Indian journal of veterinary science and animal husbandry - Volume 11,
Year: 1941
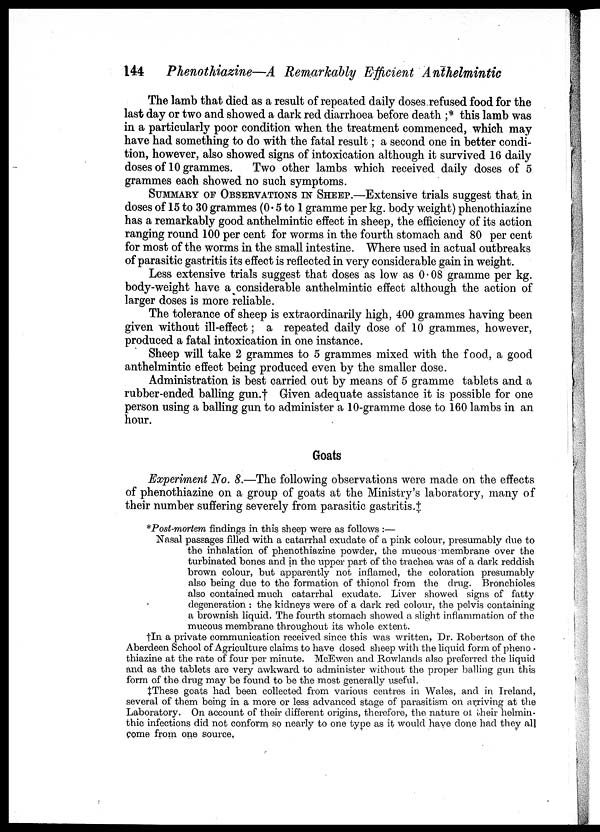
144 Phenothiazine—A Remarkably Efficient Anthelmintic
The lamb that died as a result of repeated daily doses refused food for the
last day or two and showed a dark red diarrhoea before death ;* this lamb was
in a particularly poor condition when the treatment commenced, which may
have had something to do with the fatal result ; a second one in better condi-
tion, however, also showed signs of intoxication although it survived 16 daily
doses of 10 grammes.
Two other lambs which received daily doses of 5
grammes each showed no such symptoms.
SUMMARY OF OBSERVATIONS IN SHEEP.—Extensive trials suggest that in
doses of 15 to 30 grammes (0.5 to 1 gramme per kg. body weight) phenothiazine
has a remarkably good anthelmintic effect in sheep, the efficiency of its action
ranging round 100 per cent for worms in the fourth stomach and 80 per cent
for most of the worms in the small intestine. Where used in actual outbreaks
of parasitic gastritis its effect is reflected in very considerable gain in weight.
Less extensive trials suggest that doses as low as 0.08 gramme per kg.
body-weight have a considerable anthelmintic effect although the action of
larger doses is more reliable.
The tolerance of sheep is extraordinarily high, 400 grammes having been
given without ill-effect; a repeated daily dose of 10 grammes, however,
produced a fatal intoxication in one instance.
Sheep will take 2 grammes to 5 grammes mixed with the food, a good
anthelmintic effect being produced even by the smaller dose.
Administration is best carried out by means of 5 gramme tablets and a
rubber-ended balling gun.† Given adequate assistance it is possible for one
person using a balling gun to administer a 10-gramme dose to 160 lambs in an
hour.
Goats
Experiment No. 8.—The following observations were made on the effects
of phenothiazine on a group of goats at the Ministry's laboratory, many of
their number suffering severely from parasitic gastritis.‡
*Post-mortem findings in this sheep were as follows :—
Nasal passages filled with a catarrhal exudate of a pink colour, presumably due to
the inhalation of phenothiazine powder, the mucous membrane over the
turbinated bones and in the upper part of the trachea was of a dark reddish
brown colour, but apparently not inflamed, the coloration presumably
also being due to the formation of thionol from the drug. Bronchioles
also contained much catarrhal exudate. Liver showed signs of fatty
degeneration : the kidneys were of a dark red colour, the pelvis containing
a brownish liquid. The fourth stomach showed a slight inflammation of the
mucous membrane throughout its whole extent.
†In a private communication received since this was written, Dr. Robertson of the
Aberdeen School of Agriculture claims to have dosed sheep with the liquid form of pheno¬
thiazine at the rate of four per minute. McEwen and Rowlands also preferred the liquid
and as the tablets are very awkward to administer without the proper balling gun this
form of the drug may be found to be the most generally useful.
‡These goats had been collected from various centres in Wales, and in Ireland,
several of them being in a more or less advanced stage of parasitism on arriving at the
Laboratory. On account of their different origins, therefore, the nature of their helmin-
thic infections did not conform so nearly to one type as it would have done had they all
come from one source.